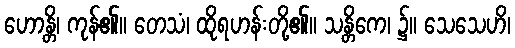
ဟောန္တိ၊ ကုန်၏။ တေသံ၊ ထိုရဟန်းတို့၏။ သန္တိကေ၊ ၌။ သေသေဟိ၊